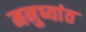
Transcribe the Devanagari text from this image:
मनुष्यांत